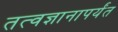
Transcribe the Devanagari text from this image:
तत्वज्ञानापर्यंत